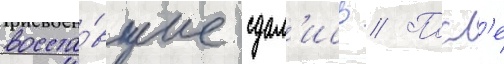
восста́вшие сдал'ись // Посл'е